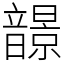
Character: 𩐿